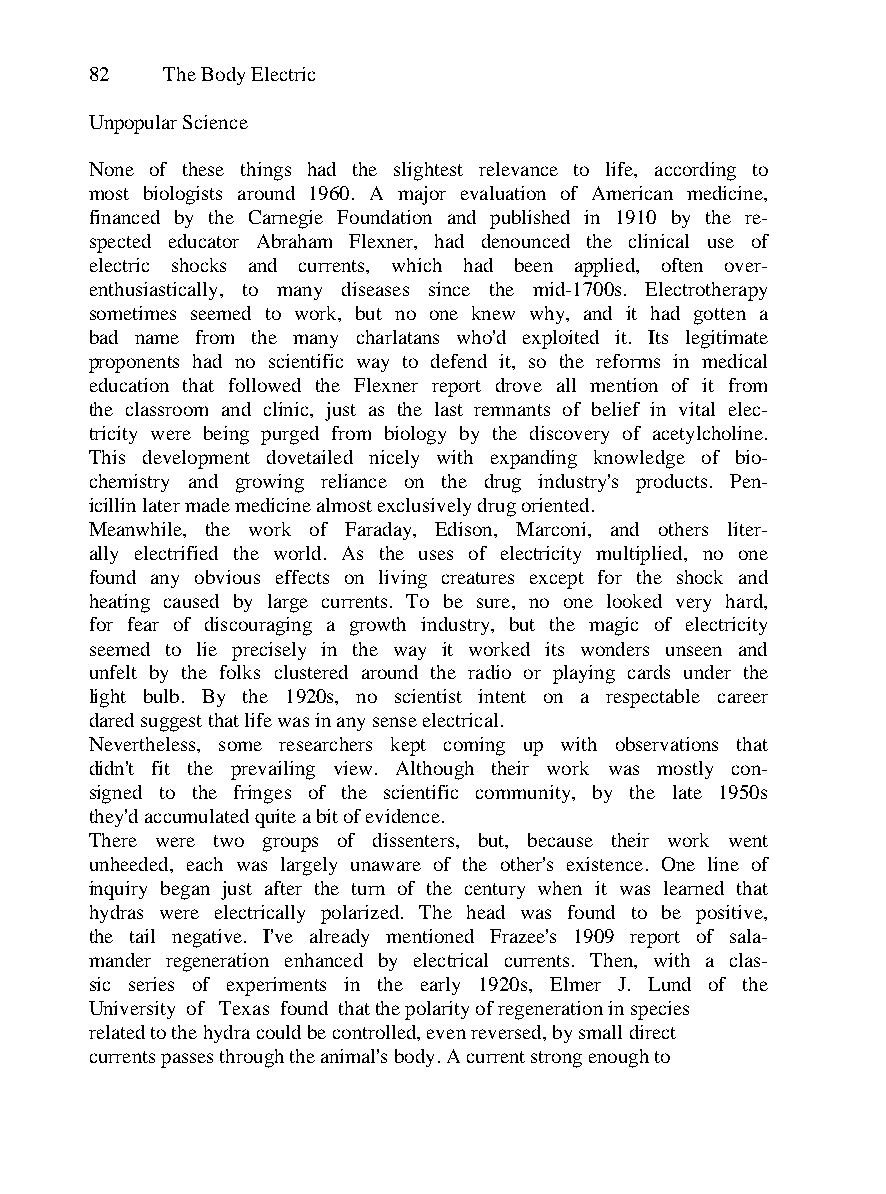
82   The Body Electric
 Unpopular Science
 None of these things had the slightest relevance to life, according to
 most biologists around 1960. A major evaluation of American medicine,
 financed by the Carnegie Foundation and published in 1910 by the re-
 spected educator Abraham Flexner, had denounced the clinical use of
 electric shocks and currents, which had been applied, often over-
 enthusiastically, to many diseases since the mid-1700s. Electrotherapy
 sometimes seemed to work, but no one knew why, and it had gotten a
 bad name from the many charlatans who'd exploited it. Its legitimate
 proponents had no scientific way to defend it, so the reforms in medical
 education that followed the Flexner report drove all mention of it from
 the classroom and clinic, just as the last remnants of belief in vital elec-
 tricity were being purged from biology by the discovery of acetylcholine.
 This development dovetailed nicely with expanding knowledge of bio-
 chemistry and growing reliance on the drug industry's products. Pen-
 icillin later made medicine almost exclusively drug oriented.
 Meanwhile, the work of Faraday, Edison, Marconi, and others liter-
 ally electrified the world. As the uses of electricity multiplied, no one
 found any obvious effects on living creatures except for the shock and
 heating caused by large currents. To be sure, no one looked very hard,
 for fear of discouraging a growth industry, but the magic of electricity
 seemed to lie precisely in the way it worked its wonders unseen and
 unfelt by the folks clustered around the radio or playing cards under the
 light bulb. By the 1920s, no scientist intent on a respectable career
 dared suggest that life was in any sense electrical.
 Nevertheless, some researchers kept coming up with observations that
 didn't fit the prevailing view. Although their work was mostly con-
 signed to the fringes of the scientific community, by the late 1950s
 they'd accumulated quite a bit of evidence.
 There were two groups of dissenters, but, because their work went
 unheeded, each was largely unaware of the other's existence. One line of
 inquiry began just after the turn of the century when it was learned that
 hydras were electrically polarized. The head was found to be positive,
 the tail negative. I've already mentioned Frazee's 1909 report of sala-
 mander regeneration enhanced by electrical currents. Then, with a clas-
 sic series of experiments in the early 1920s, Elmer J. Lund of the
 University of Texas found that the polarity of regeneration in species
 related to the hydra could be controlled, even reversed, by small direct
 currents passes through the animal's body. A current strong enough to